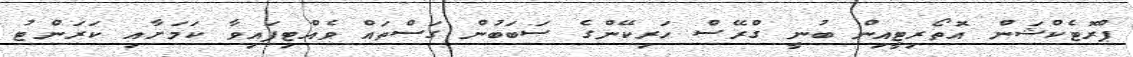
ޕްރޮޓެކްޝަން އޮތޯރިޓީއިން ބުނީ ގްރޭސް ހަރިކޭންގެ ސަބަބުން ގަސްތައް ވެއްޓިފައިވާ ކަމަށާއި ކަރަންޓު